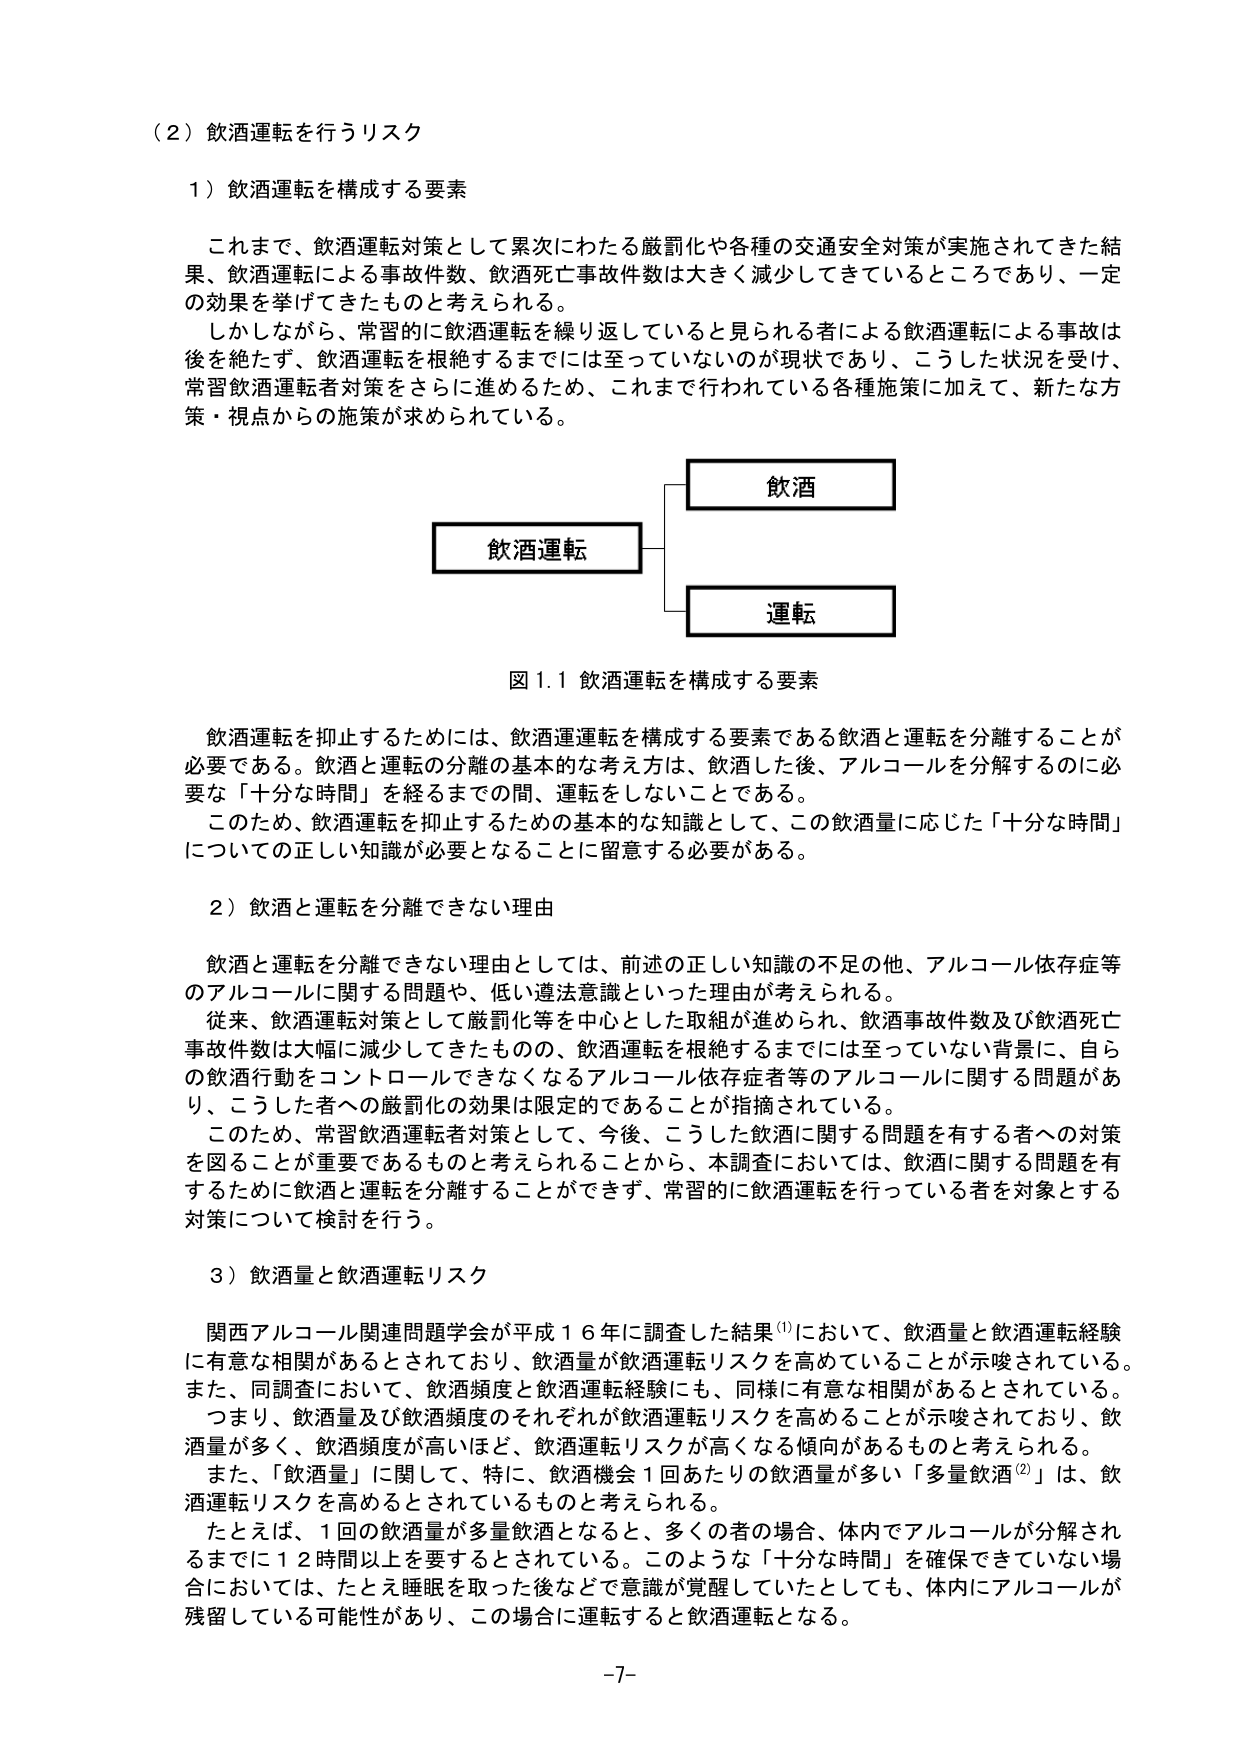
（２）飲酒運転を行うリスク

１）飲酒運転を構成する要素

これまで、飲酒運転対策として累次にわたる厳罰化や各種の交通安全対策が実施されてきた結果、飲酒運転による事故件数、飲酒死亡事故件数は大きく減少してきているところであり、一定の効果を挙げてきたものと考えられる。

しかしながら、常習的に飲酒運転を繰り返していると見られる者による飲酒運転による事故は後を絶たず、飲酒運転を根絶するまでには至っていないのが現状であり、こうした状況を受け、常習飲酒運転者対策をさらに進めるため、これまで行われている各種施策に加えて、新たな方策・視点からの施策が求められている。